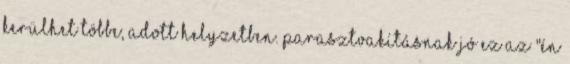
kerülhet többe, adott helyzetben. Parasztvakításnak jó ez az "én